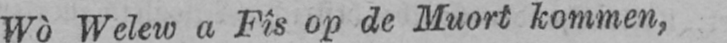
Wò Welew a Fîs op de Muort kommen,